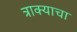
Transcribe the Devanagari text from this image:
त्राक्याचा